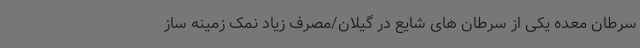
سرطان معده یکی از سرطان های شایع در گیلان/مصرف زیاد نمک زمینه ساز